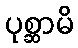
ပုစ္ဆာမိ